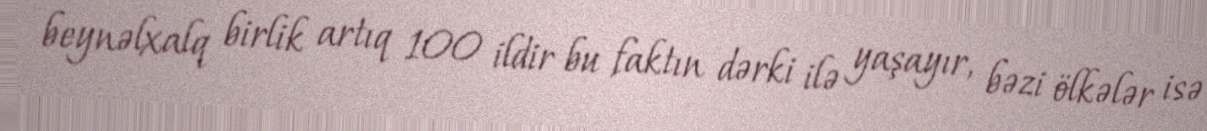
beynəlxalq birlik artıq 100 ildir bu faktın dərki ilə yaşayır, bəzi ölkələr isə